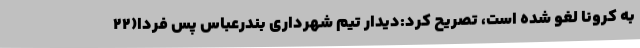
به کرونا لغو شده است، تصریح کرد:دیدار تیم شهرداری بندرعباس پس فردا(22